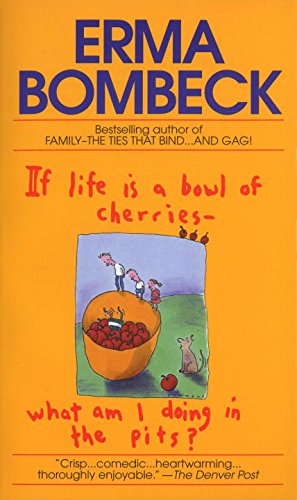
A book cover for If Life Is a Bowl of Cherries, What Am I Doing in the Pits?; Erma Bombeck; Humor & Entertainment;